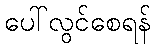
ပေါ်လွင်စေရန်